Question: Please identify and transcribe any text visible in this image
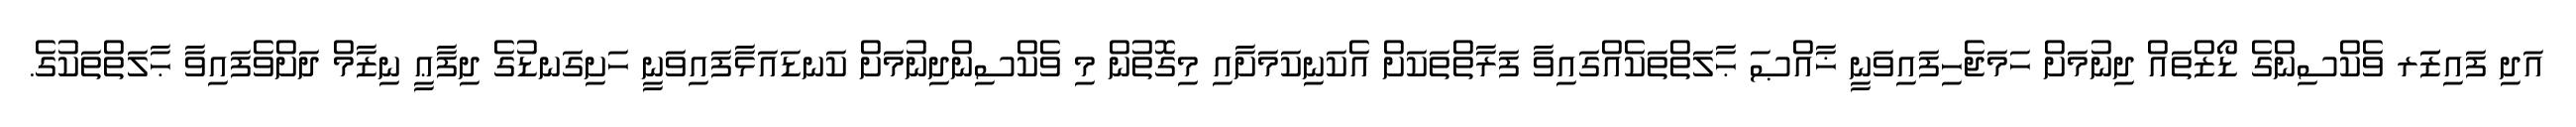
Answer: އަދި ފައިޒަަރ ވެކްސިންގެ ޑޯޒްތައް ދިނުމަށް ހަމަޖެހިފައިވަނީ ޚާއްޞަ ޙާލަތްތަކެއްގައިވާ ފަރާތްތަކަށް އެކަނިކަމަށާއި މިގޮތުން މި ވެކްސިންދިނުމަށް ކަނޑައަޅާފައިވަނީ ހަށިގަނޑުގެ ދިފާޢީ ނިޒާމް ދަށްވެފައިވާ ޙާލަތްތަކުގެ.